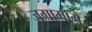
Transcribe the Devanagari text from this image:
जगामागे